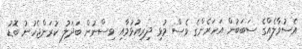
އެސުވާލެއްގެ ސަބަބުން އަހަރެންގެ ވެސް މުޅި ދިރިއުޅުމާއި ވިސްނުން ބަދަލު ކުރަންޖެހުނު ބޮޑު